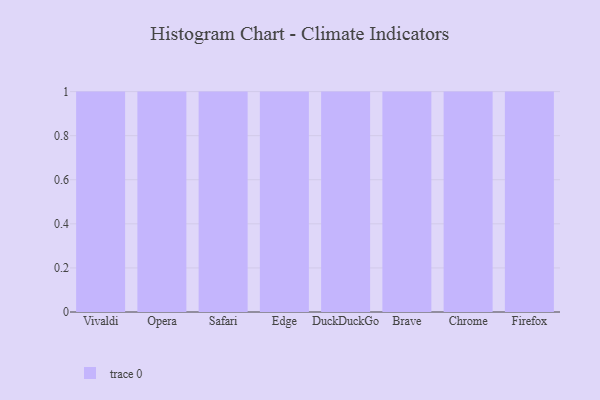
{"axis": {"x": "Browser", "y": "Active Users"}, "legend": [""], "data": [{"x": "Vivaldi", "y": 97, "type": ""}, {"x": "Opera", "y": 15, "type": ""}, {"x": "Safari", "y": 14, "type": ""}, {"x": "Edge", "y": 76, "type": ""}, {"x": "DuckDuckGo", "y": 48, "type": ""}, {"x": "Brave", "y": 38, "type": ""}, {"x": "Chrome", "y": 86, "type": ""}, {"x": "Firefox", "y": 20, "type": ""}]}